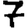
Digit: 7